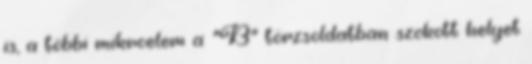
is, a többi mikroelem a “B” törzsoldatban szokott helyet